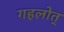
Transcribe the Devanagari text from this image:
गहलोत्